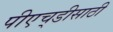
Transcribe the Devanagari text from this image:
पीएच्‌डीसाठी